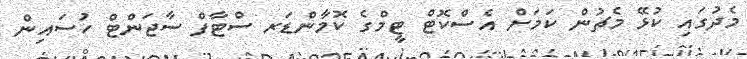
މެދުގައި ކުޅޭ މެޗުން ކަމަށް އެސްކޮޓް ޓީމްގެ ކޮމާންޑަރ ސްޓާފް ސާޖަންޓް ހުސައިން